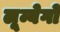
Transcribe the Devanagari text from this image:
लूम्बेगो